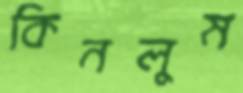
কিনলুম